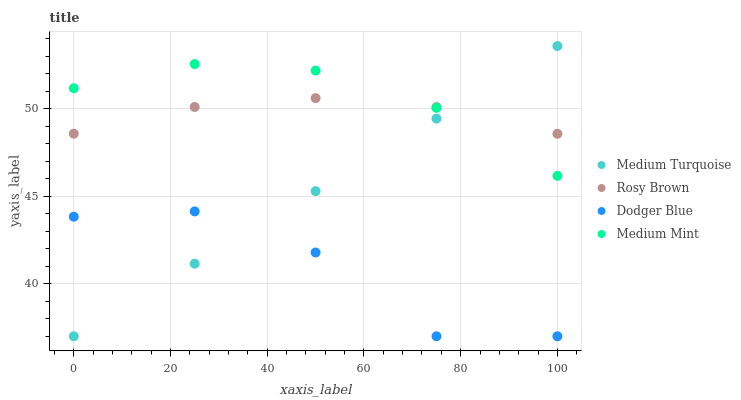
| xaxis_label | Medium Turquoise | Rosy Brown | Dodger Blue | Medium Mint |
 | --- | --- | --- | --- | --- |
 | 0 | 37 | 48.6 | 43.8 | 51.2 |
 | 25 | 41.1 | 50.1 | 44.1 | 52.6 |
 | 50 | 45.3 | 50.6 | 41.8 | 52.2 |
 | 75 | 49.4 | 50.1 | 37 | 50.1 |
 | 100 | 53.6 | 48.6 | 37 | 46.2 |